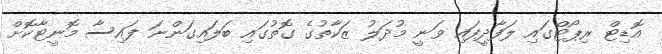
އޮޑިޓް ރިޕޯޓްގައި ލަފާދީފައި ވަނީ މުދަލު ޒަކާތުގެ ގޮތުގައި ބަލައިގަންނަ ފައިސާ މޮނީޓާކޮށް